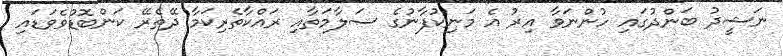
ނަޝީދު ބަންދުގައި ހުންނަވާ އިރު އެ މަނިކުފާނުގެ ސަލާމަތާއި ރައްކާތެރިކަމާ ދޭތެރޭ ކަންބޮޑުވެވަޑައި